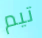
تيم